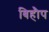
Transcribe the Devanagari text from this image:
बिहौप